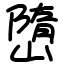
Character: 嶞